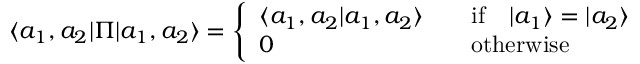
{ } \langle a _ { 1 } , a _ { 2 } | \Pi | a _ { 1 } , a _ { 2 } \rangle = \left\{ \begin{array} { l l } { { \langle a _ { 1 } , a _ { 2 } | a _ { 1 } , a _ { 2 } \rangle } } & { { \quad \mathrm { i f } \quad | a _ { 1 } \rangle = | a _ { 2 } \rangle } } \\ { { 0 } } & { { \quad \mathrm { o t h e r w i s e } } } \end{array} \right.